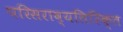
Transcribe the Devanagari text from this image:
परिसराव्यतिरिक्त